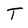
Character: T